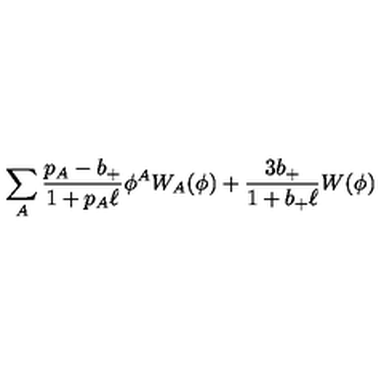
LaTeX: \sum _ { A } { \frac { p _ { A } - b _ { + } } { 1 + p _ { A } \ell } } \phi ^ { A } W _ { A } ( \phi ) + { \frac { 3 b _ { + } } { 1 + b _ { + } \ell } } W ( \phi )